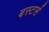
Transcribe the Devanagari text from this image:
बस्टर्स